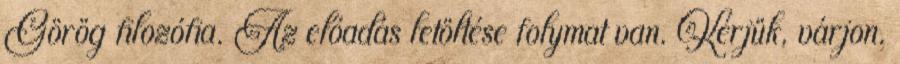
Görög filozófia. Az előadás letöltése folymat van. Kérjük, várjon.